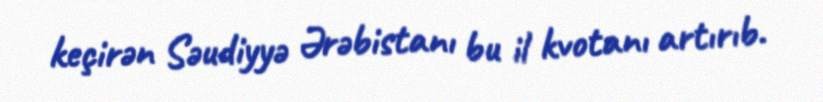
keçirən Səudiyyə Ərəbistanı bu il kvotanı artırıb.